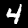
Label: 4